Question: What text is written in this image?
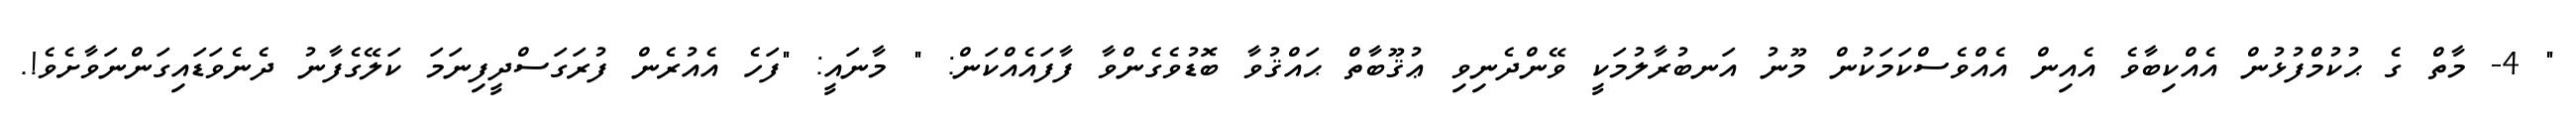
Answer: " 4- މާތް ގެ ޙުކުމްފުޅުން އެއްކިބާވެ އެއިން އެއްވެސްކަމަކުން މޫނު އަނބުރާލުމަކީ ވޭންދެނިވި ޢުޤޫބާތް ޙައްޤުވާ ބޮޑުވެގެންވާ ފާފައެއްކަން: " މާނައީ: "ފަހެ އެއުރެން ފުރަގަސްދީފިނަމަ ކަލޭގެފާނު ދެނެވަޑައިގަންނަވާށެވެ!.